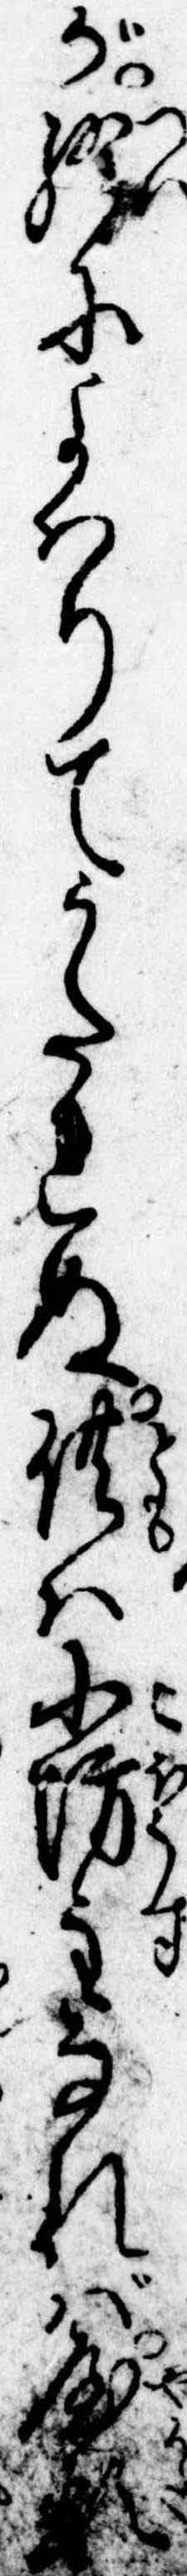
が終によはりてうたれぬ供は小坊主なれば屋形